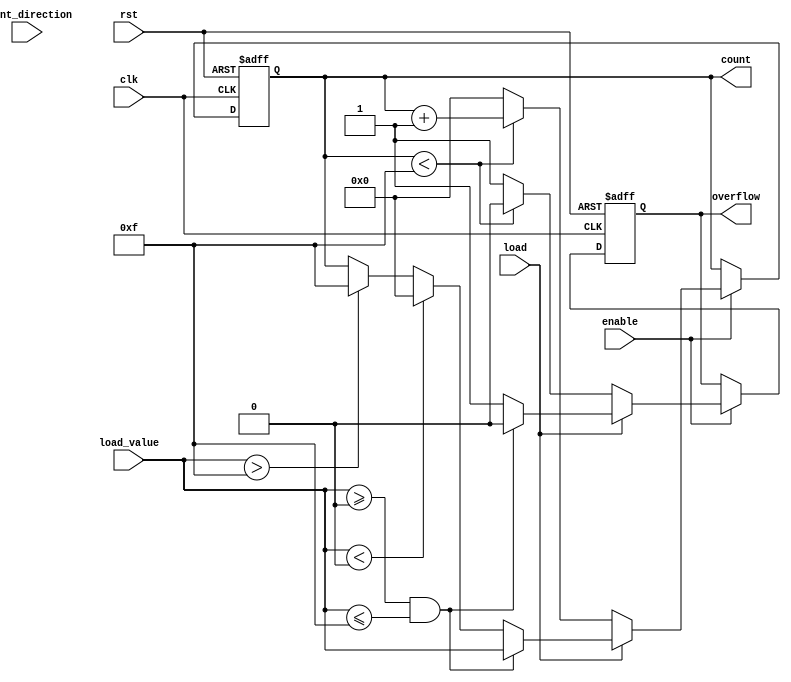
module parameterized_counter #(
    parameter WIDTH = 4,
    parameter MIN_VALUE = 0,
    parameter MAX_VALUE = 15,
    parameter COUNT_MODE = 0  // 0: Up, 1: Down, 2: Up/Down
)(
    input wire clk,
    input wire rst,
    input wire enable,
    input wire count_direction, // Only used in Up/Down mode
    input wire load,
    input wire [WIDTH-1:0] load_value,
    output reg [WIDTH-1:0] count = MIN_VALUE,
    output reg overflow
);

    // Define the counter state and overflow signal
    always @(posedge clk or posedge rst) begin
        if (rst) begin
            count <= MIN_VALUE;
            overflow <= 0;
        end else if (!enable) begin
            // Do nothing, retain current count
            overflow <= overflow; 
        end else if (load) begin
            // Load new value and check against MIN and MAX
            if (load_value >= MIN_VALUE && load_value <= MAX_VALUE) begin
                count <= load_value;
                overflow <= 0;
            end else begin
                // If the load value is out of bounds, handle gracefully
                if (load_value < MIN_VALUE) begin
                    count <= MIN_VALUE;
                end else if (load_value > MAX_VALUE) begin
                    count <= MAX_VALUE;
                end
                overflow <= 1;
            end
        end else begin
            // Count according to the specified mode
            case (COUNT_MODE)
                0: begin
                    // Count Up
                    if (count < MAX_VALUE) begin
                        count <= count + 1;
                        overflow <= 0;
                    end else begin
                        count <= MIN_VALUE; // Wrap around
                        overflow <= 1; // Indicate overflow
                    end
                end
                1: begin
                    // Count Down
                    if (count > MIN_VALUE) begin
                        count <= count - 1;
                        overflow <= 0;
                    end else begin
                        count <= MAX_VALUE; // Wrap around
                        overflow <= 1; // Indicate overflow
                    end
                end
                2: begin
                    // Up/Down Count
                    if (count_direction) begin
                        // Count Up
                        if (count < MAX_VALUE) begin
                            count <= count + 1;
                            overflow <= 0;
                        end else begin
                            count <= MIN_VALUE; // Wrap around
                            overflow <= 1; // Indicate overflow
                        end
                    end else begin
                        // Count Down
                        if (count > MIN_VALUE) begin
                            count <= count - 1;
                            overflow <= 0;
                        end else begin
                            count <= MAX_VALUE; // Wrap around
                            overflow <= 1; // Indicate overflow
                        end
                    end
                end
                default: begin
                    // Invalid mode, hold current state
                    count <= count;
                    overflow <= 0;
                end
            endcase
        end
    end

endmodule